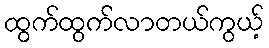
ထွက်ထွက်လာတယ်ကွယ့်